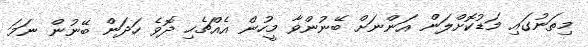
މިތަނުގައި މަޑުކޮށްލަން އަންނަށް ބޭނުންވާ މީހުން އެއްޗެހި ދޮވެ ހަދަން ބޭނުން ނަމަ